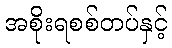
အစိုးရစစ်တပ်နှင့်